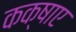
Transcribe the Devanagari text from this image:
कक्षाए